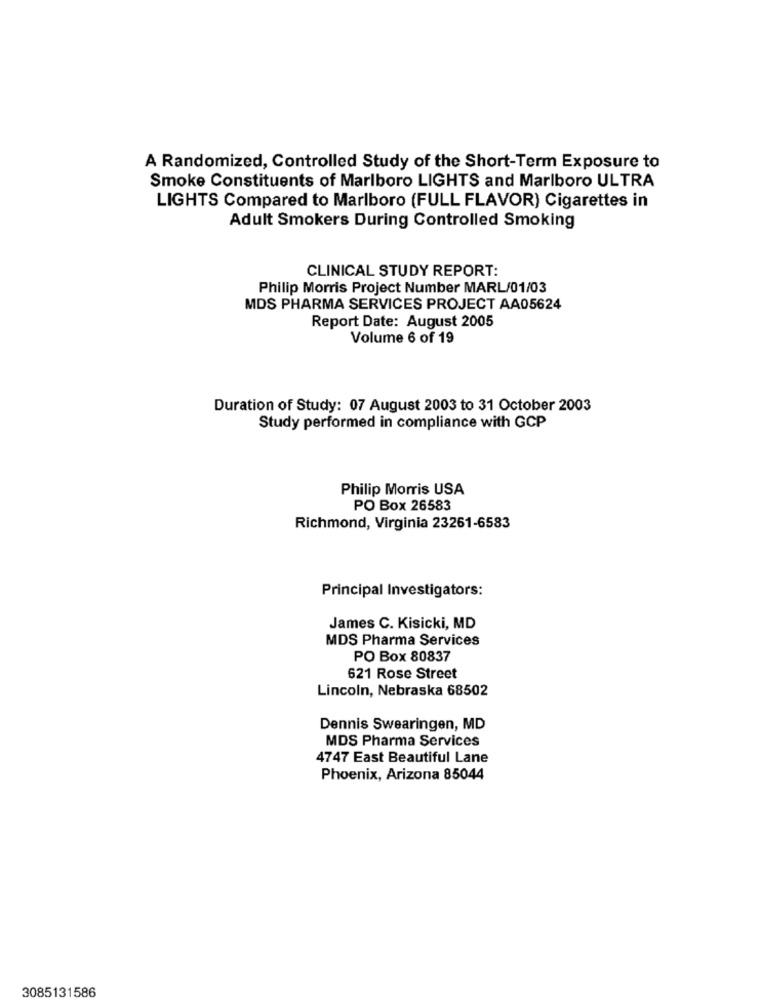
A Randomized, Controlled Study of the Short-Term Exposure to
Smoke Constituents of Marlboro LIGHTS and Marlboro ULTRA
LIGHTS Compared to Marlboro (FULL FLAVOR) Cigarettes in
Adult Smokers During Controlled Smoking
CLINICAL STUDY REPORT:
Philip Morris Project Number MARL/01/03
MDS PHARMA SERVICES PROJECT AA05624
Report Date: August 2005
Volume 6 of 19
Duration of Study: 07 August 2003 to 31 October 2003
Study performed in compliance with GCP
Philip Morris USA
PO Box 26583
Richmond, Virginia 23261-6583
Principal Investigators:
James C. Kisicki, MD
MDS Pharma Services
PO Box 80837
621 Rose Street
Lincoln, Nebraska 68502
Dennis Swearingen, MD
MDS Pharma Services
4747 East Beautiful Lane
Phoenix, Arizona 85044
3085131586